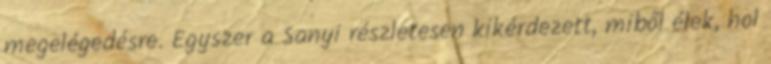
megelégedésre. Egyszer a Sa­nyi részletesen kikérdezett, miből élek, hol